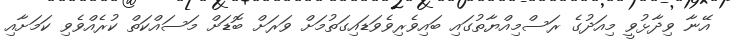
އޭނާ ވިދާޅުވީ މިއަދުގެ ރަސްމިއްޔާތުގައި ބައިވެރިވެވަޑައިގަތުމަށް ވަރަށް ބޮޑަށް މަސައްކަތް ކުރެއްވެވި ކަމަށާއި